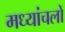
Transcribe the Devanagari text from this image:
मध्यांचलों